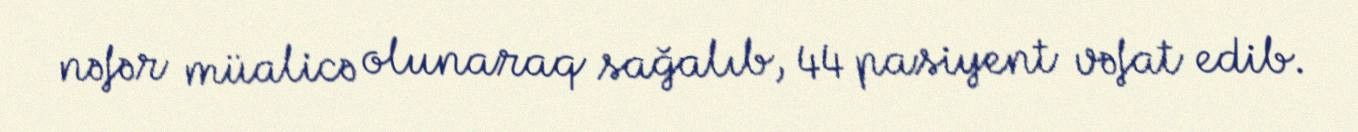
nəfər müalicə olunaraq sağalıb, 44 pasiyent vəfat edib.